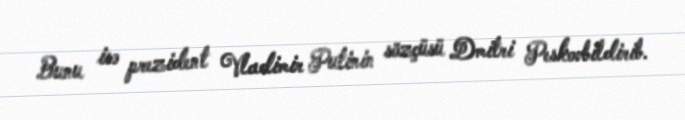
Bunu isə prezident Vladimir Putinin sözçüsü Dmitri Peskovbildirib.